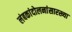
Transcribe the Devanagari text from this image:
लंबकांदोलनांसारख्या